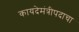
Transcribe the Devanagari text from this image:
कायदेमंत्रीपदाचा